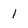
Character: l